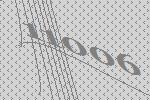
11006